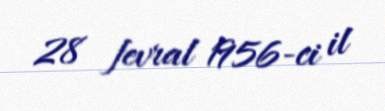
28 fevral 1956-ci il